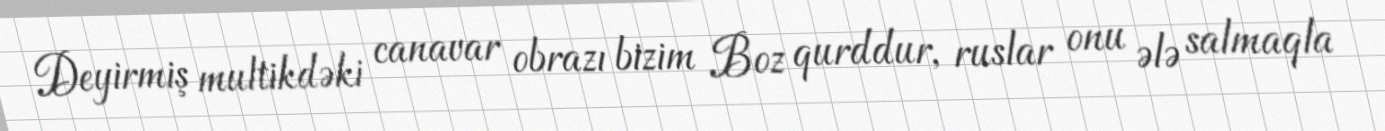
Deyirmiş multikdəki canavar obrazı bizim Boz qurddur, ruslar onu ələ salmaqla